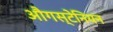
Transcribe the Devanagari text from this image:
औगस्टेनियन